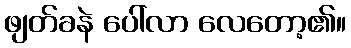
ဖျတ်ခနဲ ပေါ်လာ လေတော့၏။